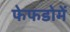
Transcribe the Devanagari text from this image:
फेफडोमें